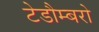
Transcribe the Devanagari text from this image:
टेडौम्बरो